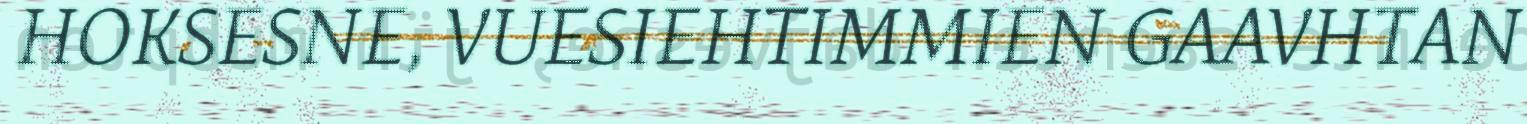
HOKSESNE, VUESIEHTIMMIEN GAAVHTAN